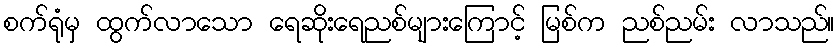
စက်ရုံမှ ထွက်လာသော ရေဆိုးရေညစ်များကြောင့် မြစ်က ညစ်ညမ်း လာသည်။